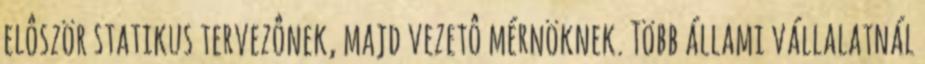
elôször statikus tervezônek, majd vezetô mérnöknek. Több állami vállalatnál